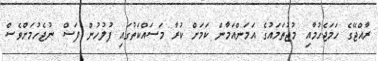
ރާއްޖޭގެ ހަމަޖެހުމާއި މުޖުތަމައުގެ އަމަންއަމާން ކަމަށް ކުރާ މަސައްކަތުގައި ފުލުހުން ފަސް ނުޖެހުމަށްވެސް